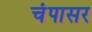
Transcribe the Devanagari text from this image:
चंपासर